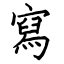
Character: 寫